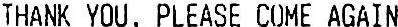
THANK YOU, PLEASE COME AGAIN